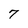
Character: 7